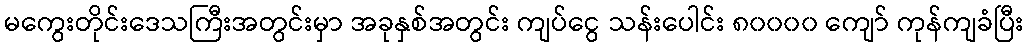
မကွေးတိုင်းဒေသကြီးအတွင်းမှာ အခုနှစ်အတွင်း ကျပ်ငွေ သန်းပေါင်း ၈၀၀၀၀ ကျော် ကုန်ကျခံပြီး